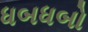
ધબધબો